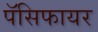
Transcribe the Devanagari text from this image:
पॅसिफायर